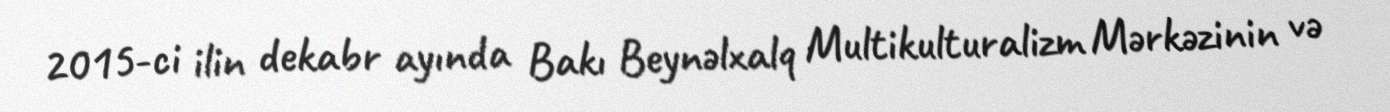
2015-ci ilin dekabr ayında Bakı Beynəlxalq Multikulturalizm Mərkəzinin və